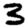
Digit: 3